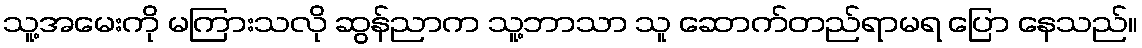
သူ့အမေးကို မကြားသလို ဆွန်ညာက သူ့ဘာသာ သူ ဆောက်တည်ရာမရ ပြော နေသည်။